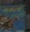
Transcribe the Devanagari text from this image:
सासुचा